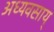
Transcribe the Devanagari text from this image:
अध्यवसाय्